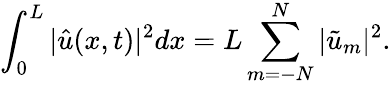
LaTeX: \int_{0}^{L}|\hat{u}(x,t)|^{2}dx=L\sum_{m=-N}^{N}|\tilde{u}_{m}|^{2}.